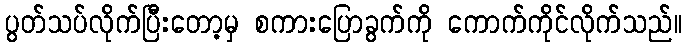
ပွတ်သပ်လိုက်ပြီးတော့မှ စကားပြောခွက်ကို ကောက်ကိုင်လိုက်သည်။